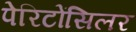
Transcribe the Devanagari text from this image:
पेरिटोंसिलर